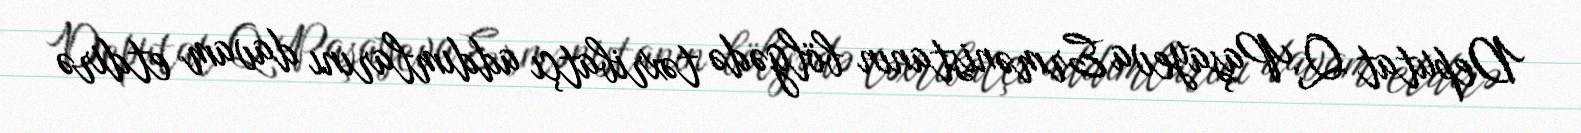
Deputat Q.Paşayeva Ermənistanın bölgədə təxribatçı addımlarını davam etdirə